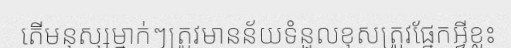
តើមនុស្សម្នាក់ៗត្រូវមានន័យទំនួលខុសត្រូវផ្នែកអ្វីខ្លះ